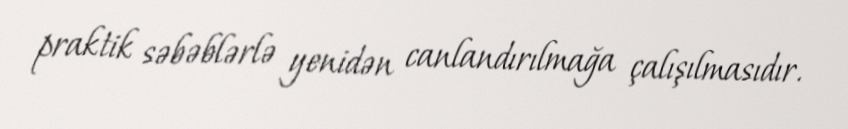
praktik səbəblərlə yenidən canlandırılmağa çalışılmasıdır.